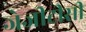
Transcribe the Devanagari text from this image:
जेजीटीसी